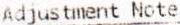
ADJUSTMENT NOTE